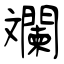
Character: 斕